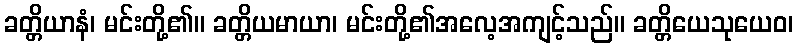
ခတ္တိယာနံ၊ မင်းတို့၏။ ခတ္တိယမာယာ၊ မင်းတို့၏အလေ့အကျင့်သည်။ ခတ္တိယေသုယေဝ၊